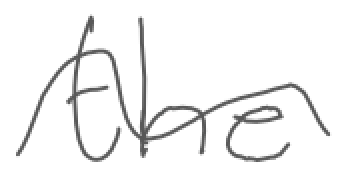
Text: the
Cross-out: wave
Writing tool: digital_gray